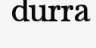
durra